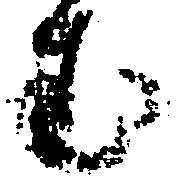
む